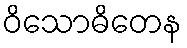
ဝိသောဓိတေန